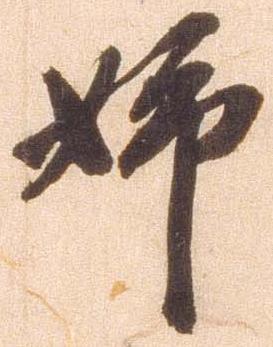
姉